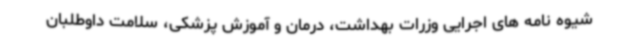
شیوه نامه های اجرایی وزرات بهداشت، درمان و آموزش پزشکی، سلامت داوطلبان